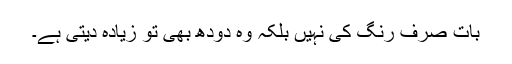
بات صرف رنگ کی نہیں بلکہ وہ دودھ بھی تو زیادہ دیتی ہے۔